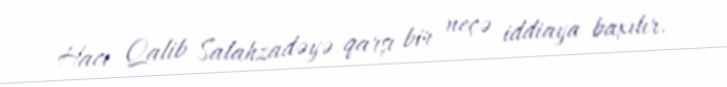
Hacı Qalib Salahzadəyə qarşı bir neçə iddiaya baxılır.